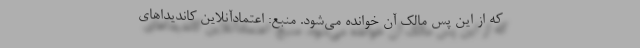
که از این پس مالک آن خوانده می‌شود. منبع: اعتمادآنلاین کاندیداهای